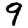
Digit: 9